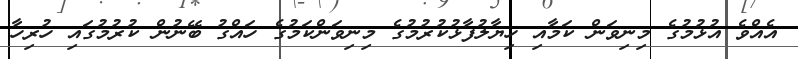
އެއްވެ އުޅުމުގެ މިނިވަން ކަމާއި ހިޔާލުފާޅުކުރުމުގެ މިނިވަންކަމުގެ ހައްގު ބޭނުން ކުރުމުގައި ހުރިހާ